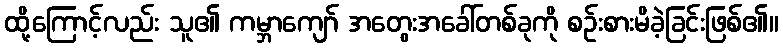
ထို့ကြောင့်လည်း သူ၏ ကမ္ဘာကျော် အတွေးအခေါ်တစ်ခုကို စဉ်းစားမိခဲ့ခြင်းဖြစ်၏။